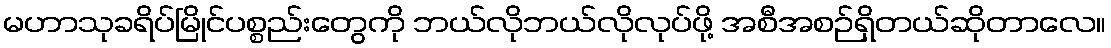
မဟာသုခရိပ်မြိုင်ပစ္စည်းတွေကို ဘယ်လိုဘယ်လိုလုပ်ဖို့ အစီအစဉ်ရှိတယ်ဆိုတာလေ။